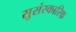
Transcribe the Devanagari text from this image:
सुसंस्कारिक